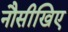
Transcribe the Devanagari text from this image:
नौसीखिए